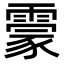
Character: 霥